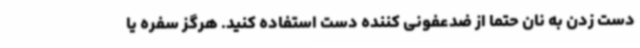
دست زدن به نان حتما از ضدعفونی کننده دست استفاده کنید. هرگز سفره یا